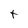
Character: t